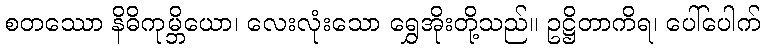
စတဿော နိဓိကုမ္ဘိယော၊ လေးလုံးသော ရွှေအိုးတို့သည်။ ဥဋ္ဌိတာကိရ၊ ပေါ်ပေါက်